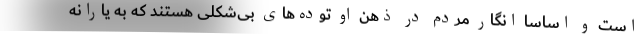
است و اساساً انگار مردم در ذهن او توده‌های بی‌شکلی هستند که به یارانه